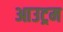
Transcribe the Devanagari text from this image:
आउट्रम